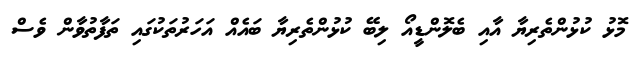
މޮޅު ކުޅުންތެރިޔާ އާއި ބެލޮންޑީއޯ ލިބޭ ކުޅުންތެރިޔާ ބައެއް އަހަރުތަކުގައި ތަފާތުވާން ވެސް